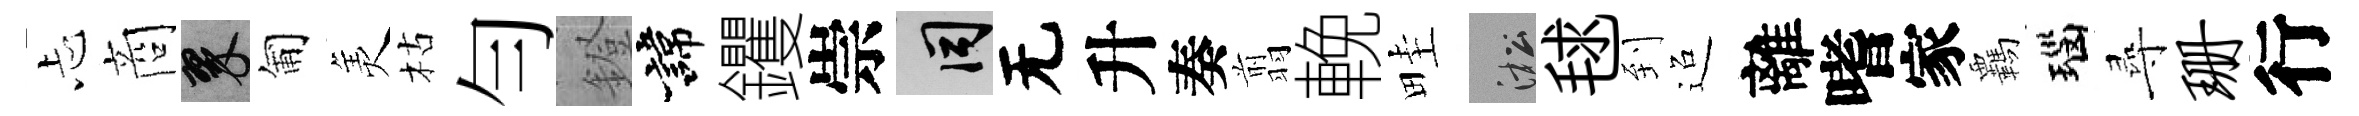
忐商翠匍羙枯勻鐙諱钁崇间无升奏翦輓畦淞毬到迢離嗜家覊瑙尋珊行